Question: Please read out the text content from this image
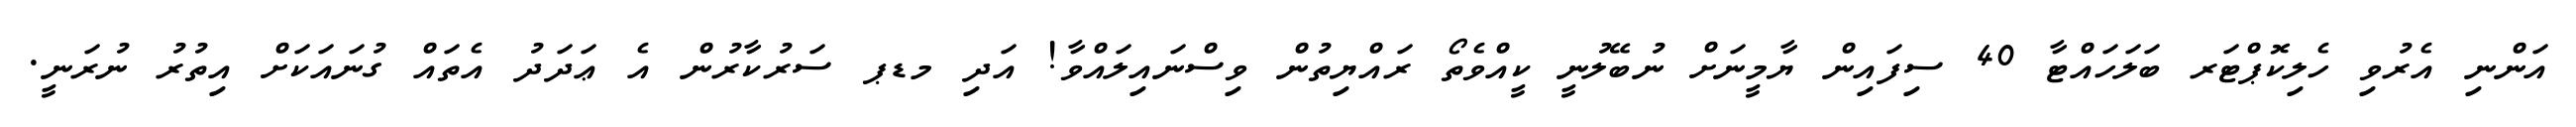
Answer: އަންނި އެރުވި ހެލިކޮޕްޓަރ ބަލަހައްޓާ 40 ސިފައިން ޔާމީނަށް ނުބޭލުނީ ކީއްވެތޯ ރައްޔިތުން ވިސްނައިލައްވާ! އަދި މޑޕ ސަރުކާރުން އެ ޢަދަދު އެތައް ގުނައަކަށް އިތުރު ނުރަނީ.